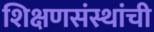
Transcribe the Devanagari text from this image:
शिक्षणसंस्थांची